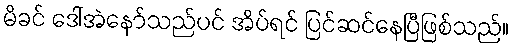
မိခင် ဒေါ်အဲနော်သည်ပင် အိပ်ရင် ပြင်ဆင်နေပြီဖြစ်သည်။